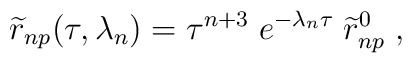
{\widetilde r}_{np}(\tau,\lambda_{n})=\tau^{n+3}\; e^{-\lambda_{n}\tau} \; {\widetilde r}_{np}^{0} \; ,